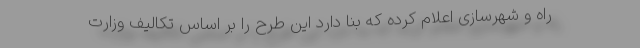
راه و شهرسازی اعلام کرده که بنا دارد این طرح را بر اساس تکالیف وزارت